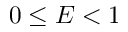
0 \le E < 1